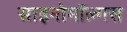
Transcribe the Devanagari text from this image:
साइनोमॉल्गस